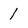
Character: 1